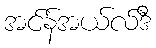
အင်န်အယ်လ်ဒီ